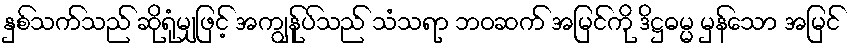
နှစ်သက်သည် ဆိုရုံမျှဖြင့် အကျွန်ုပ်သည် သံသရာ ဘဝဆက် အမြင်ကို ဒိဋ္ဌဓမ္မ မှန်သော အမြင်